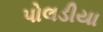
પોલડીયા